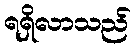
ရရှိလာသည်